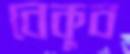
বেকুব